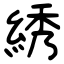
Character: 綉